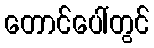
တောင်ပေါ်တွင်